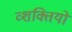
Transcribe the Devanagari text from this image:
व्शक्तियों